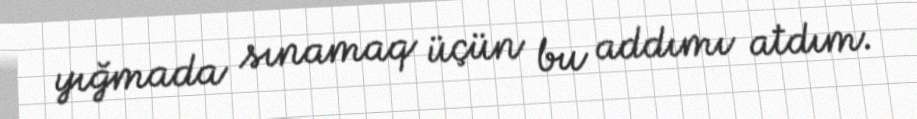
yığmada sınamaq üçün bu addımı atdım.